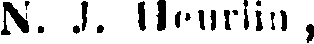
N. J. Herlin,